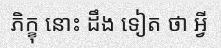
ភិក្ខុ នោះ ដឹង ទៀត ថា អ្វី